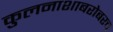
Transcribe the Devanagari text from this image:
कुलनाशाबरोबरच